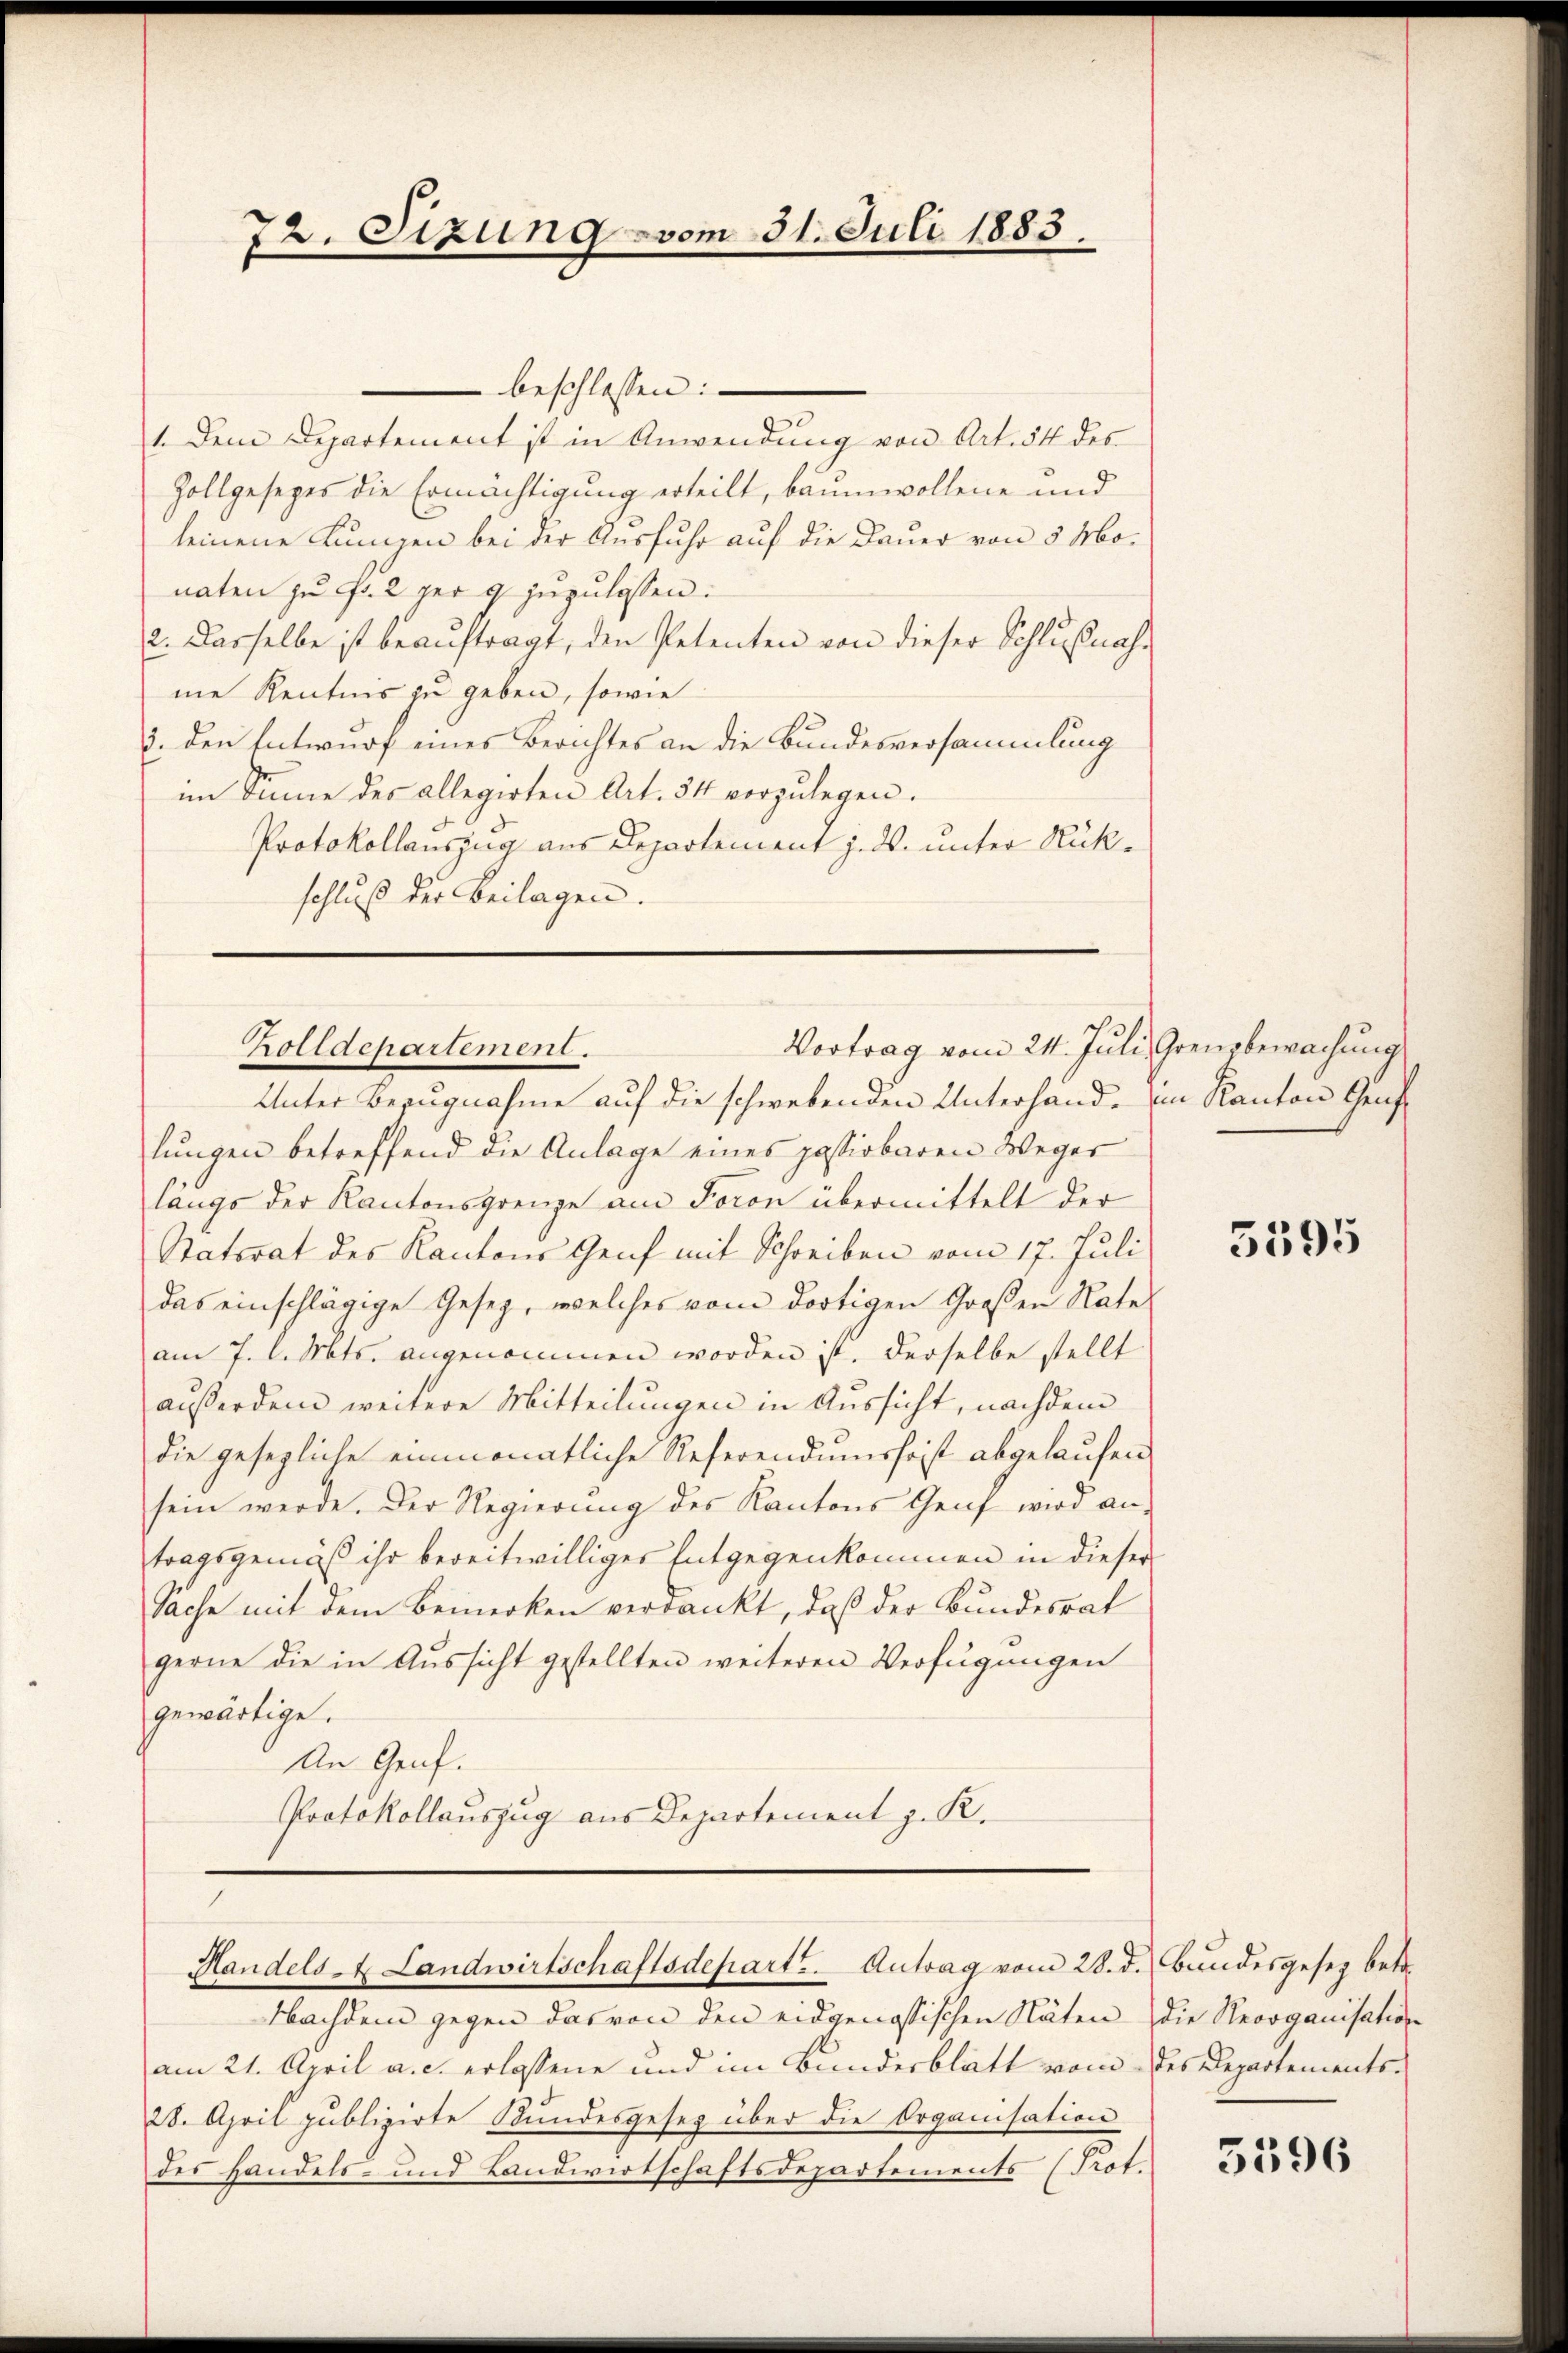
72. Sizung vom 31. Juli 1883.

beschlossen:
1. Dem Departement ist in Anwendung von Art. 54 des
Zollgesezes die Ermächtigung erteilt, baumwollene und
leinene Lungen bei der Ausfuhr auf die Dauer von 5 Monaten zu Fr. 2 per 9 zuzulassen.
2. Dasselbe ist beaŭftragt, den Petenten von dieser Schlußnah-
me Kenntnis zu geben, sowie
3. den Entwurf eines Berichtes an die Bundesversammlung
im Sinne des allegirten Art. 34 vorzulegen.
Protokollauszug aus Departement z. B. unter Rückschluß der Beilagen.

Vortrag vom 24. Juli, Grenzbewachung
Zolldepartement.

Unter Bezugnahme auf die schwebenden Unterhand- im Kanton Genf
lungen betreffend die Anlage eines passirbaren Weger
längs der Kantonsgrenze am Foron übermittelt der
Natorat des Kantons Genf mit Schreiben vom 17. Juli
das einschlägige Gesetz, welches vom dortigen Großen Nate
am 7. l. Mts. angenommen worden ist. Derselbe stellt
außerdem weitere Mitteilungen in Aussicht, nachdem
die gesezliche einmonatliche Referendumshoist abgelaufen
sein werde. Der Regierung des Kantons Genf wird an-
tragsgemäß ihr bereitwilliges Entgegenkommen in dieser
Sache mit dem Bemerken verdankt, daß der Bundesrat
gerne die in Aŭssicht gestellten weiteren Verfügungen
gewärtige.
An Genf.
Protokollauszug aus Departement z. K.

Handels- u. Landwirtschaftsdepart. Antrag vom 28. d. Bundesgesez betr.

Nachdem gegen das von den eidgenössischen Stäten die Recoganisation
am 21. April a. c. erlassene und im Bundesblatt vom des Departements-
28. April publizirte Stundesgesez über die Organisation
der Handels- und Landwirtschaftsdepartements (Prot.

5595

3596